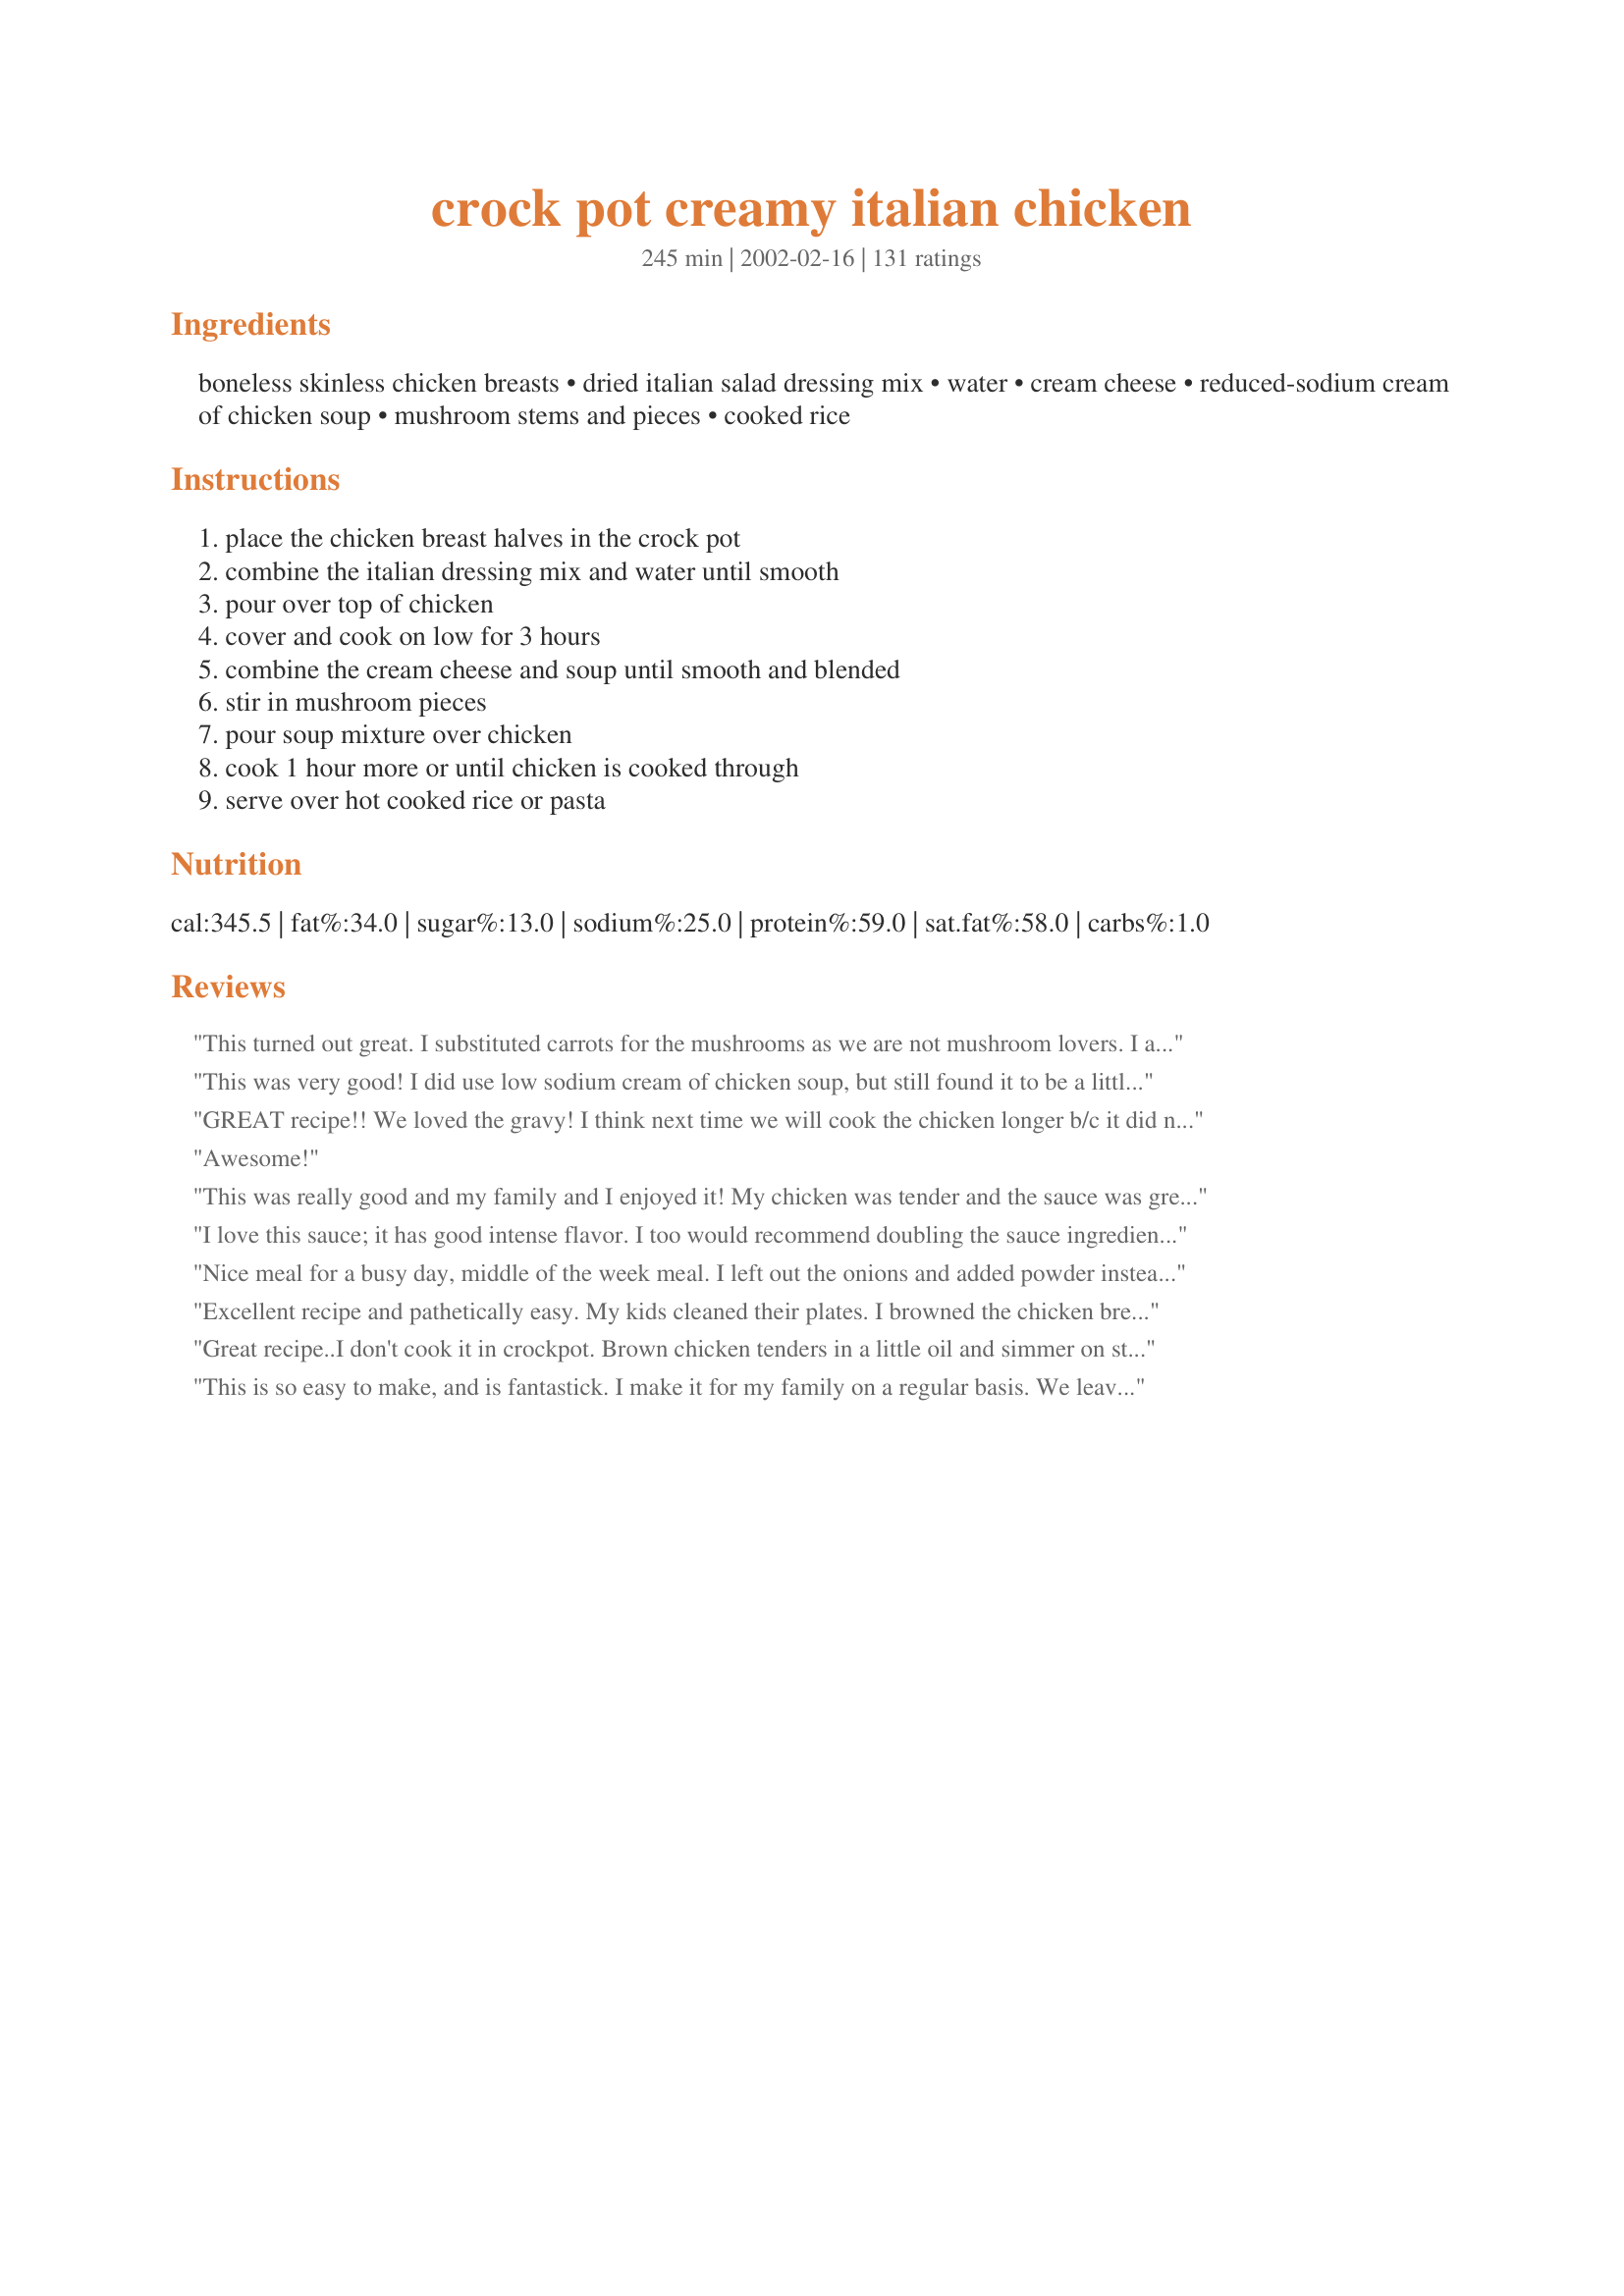
crock pot creamy italian chicken
Preparation time: 245 minutes

Ingredients:
boneless skinless chicken breasts, dried italian salad dressing mix, water, cream cheese, reduced-sodium cream of chicken soup, mushroom stems and pieces, cooked rice

Steps:
place the chicken breast halves in the crock pot, combine the italian dressing mix and water until smooth, pour over top of chicken, cover and cook on low for 3 hours, combine the cream cheese and soup until smooth and blended, stir in mushroom pieces, pour soup mixture over chicken, cook 1 hour more or until chicken is cooked through, serve over hot cooked rice or pasta

Reviews:
This turned out great. I substituted carrots for the mushrooms as we are not mushroom lovers. I also added the cream cheese earlier on too so it mixed up well by the time things were done. Family liked it and I will be making it again. I served it over Cheesy Orzo Recipe #61962
This was very good! I did use low sodium cream of chicken soup, but still found it to be a little on the salty side. Otherwise, I loved this recipe. The sauce was creamy and delicious. Instead of canned mushrooms, I used baby bellas and they were perfect for this sauce. Will definitely make this recipe again.
GREAT recipe!! We loved the gravy! I think next time we will cook the chicken longer b/c it did not seem quite done by the recipe time. Maybe my crock is a little slower? Definite keeper!
Awesome!
This was really good and my family and I enjoyed it! My chicken was tender and the sauce was great. I served it with noodles and poured some of the sauce over the top!
I love this sauce; it has good intense flavor. I too would recommend doubling the sauce ingredients if you use more than 4 chicken breasts; you'll want lots of it over your rice! I may increase the water a little next time- the sauce is very thick.
Nice meal for a busy day, middle of the week meal. I left out the onions and added powder instead. Would make again.
Excellent recipe and pathetically easy. My kids cleaned their plates. I browned the chicken breasts first just because I don't like the looks of chicken in the crockpot. I also used fresh mushrooms which I sauteed first. I only put half in the crockpot since the kids hate them and used the rest as a topping for the grown ups.
Great recipe..I don't cook it in crockpot. Brown chicken tenders in a little oil and simmer on stovetop for about 35 minutes
This is so easy to make, and is fantastick. I make it for my family on a regular basis. We leave the mushrooms out, since none of us eat them.
I added 2 cans of mushrooms and made my own homemade recipe for the cream of chicken soup to cut down on the salt even more. Excellent recipe and one that was enjoyed by all! Cheffie
I have friends that are very picky eaters and EVERYONE loves this dish! I cooked it on low for 6 hours before adding the sauce...the chicken melts in your mouth! I always double the sauce because it is SO good and everyone wants more!
This was yummy! Kids loved it ( course they didn&#039;t like the mushrooms) But did like it. Served with brown rice. I also did add a tid bit more water to the mix. Nice, quick, easy, and satifying!
So Yummmmy!I used 4 skinless but bone-in chicken breasts. The meat came out so tender. The Italian dressing and the creamy stuff went well together to give a rich and zesty flavor. I served the chicken over rice. My family loved it and we do appreciate you sharing this.
This was an okay dish, good if you consider the ease of preparation. There was just too much of that canned soup taste to be completely enjoyable.
Very good dinner. Used fresh mushrooms which I thought gave a very nice appearance (and taste).
OMG... this is AMAZING! It is so easy and full of flavor!

We are not mushroom people so we left them out but still awesome! This will be going into the rotation!
Very good and easy comfort food. I used half cream cheese and half ricotta because I didn't realize I only had 4 oz of cream cheese left and it turned out really good that way. I ended up browning the chicken on the stove-top after 3 hours in the crock pot because it wasn't looking done enough, mixing up the sauce in the crock pot while the chicken was browning, and then returning it to cook in the sauce. In the end the chicken was very moist and tender and the sauce was delicious. This is a real keeper. Thanks for sharing.
Simple to prepare and very good!
I make this regularly. It's sooo easy and yummy. I don't like mushrooms very much so I don't add those. I use rice. Everyone always ask for this when they come over. lol
Made this for dinner and everyone loved it. I used 7 breasts and used a cup of water to two cups of the italian seasoning. I took others advice and warmed the two cans of soup and two pkgs of cream cheese in the microwave. I doubled the seasonings and it was just wonderful. Served over rice and will definately make again. Great recipe.
This was very good. I didn&#039;t have mushrooms, so I used a drained can of artichoke hearts, and it worked really well. I will be making this again.
Very good and simple to make. I used fat free cream cheese and Healthy Request soup, (less sodium and fat), and replaced the water with a good (drinkable) Chardonnay. Also sauteed 8 oz. fresh sliced crimini mushrooms. Good and easy comfort food!
This was really flavorful and creamy! We loved this! You would have thought I'd used 10 different seasonings to make it just right. I love how easy it is to make and my son loved it too! Normally my toddler doesn't favor his meat during dinner. He kept requesting more chicken! Thanks!
Can someone tell me in weight how much chicken I should use?? 1 lb, 2 lbs? Just want an index how much to get. I usually just buy packs of boneless skinless chicken breast.
really good, I only wish it was one I could leave alone all day long so I could make it more often.
I made this for dinner at my National Scrapbook Day Crop. There is no preparation work, I started dinner in the crock pot right after lunch and dinner was ready by 5pm. This was so easy to make and all the ladies just loved it. They all requested the recipe. Thank you so much, Millie, for sharing your recipe!
Awesome
This was ABSOLUTELY DELICIOUS!!! Followed the recipe exactly as stated and the chicken was soooo tender and the gravy was the best. My husband who doesn't usually like chicken made in the crockpot, just loved this dish. Served with rice, next time I will try it with noodles. This was just great, thank you for sharing.
I just made this and it brought raves! I even used fat free cream cheese and low fat chix soup and you'd never know the difference. I followed the tips submitted by others (ie heating the soup and cream cheese & mixing in). Great job!
This certainly was easy to do. I only had 6 oz of cream cheese but that was more than enough for us as this dish is quite rich. I did a taste test about a half hour before serving and decided it needed some colour so I threw in 3/4 C of peas. I also drained off about half of the cooking liquid before I added the soup mixture because there seemed to be quite alot of liquid in the crockpot and I didn't want the sauce to be too thin. My picky teenage son liked this so that is a good thing. Thx Mille!
It wasn't completely inedible, but it lacked in any depth of flavor. Too boring for my husband and I. Served over brown rice and needed to add lots of pepper to taste like anything. Thanks but I won't be making this one again.
The sauce was delicious! My chicken was not super moist, but I'm sure that was user error with my crockpot (especially based on all of the other reviews!). Thank you so much!
This is such a fantastic recipe! My entire family loves it and it's super easy. I have been making it for about a year now and have shared the recipe with a few others too! Super tasty chicken and sauce - nice enough to serve to company too!
Wow! I have four boys, and even my pickiest eater, my five year old, told me it was the most "awesomely awesome" meal he'd ever had. Everyone cleaned their plate and asked for seconds! Super easy to make, too!
I use cream of mushroom vs cream of chicken in this and we love it. Sometimes I even add a tiny dash of cayenne to the creamy sauce for a kick. We normally serve with egg noodles. It's affordable, easy and it makes a TON of food.
This was DH's choice for his "Sunday Night Dinner" Made it exactly as posted except we didn't have low sodium soup, so we used the regular, and we used fresh mushrooms instead of the canned. Served over rice with a garden salad and some Grand's Biscuits. This was easy and excellent. Will definitely make it again! Yummy, thanks!
My DH loved this!! I thought that it was good, and very easy. We had it on angel hair pasta.
This was an excellent meal. It was quick and easy to prepare, I did it in the morning before work. I served it over rainbow rotini noodles. My children weren't too excited about it, but then again my two year old is going through her stubborn stage! I will make this again!!
This was so delicious! My husband and I enjoyed it immensely! We used fat free cream cheese and it was still wonderful. I served it over linguine and we both licked the plate clean. WIll definately make this one again and again.
Fantastic! I took chicken tenders and cut them on the diagonal in about 2" sized pieces and cooked for 2 hours. I substituted 1/2 cup white wine for the water. I then removed the chicken chunks and whisked in the cream cheese in the hot liquid. Then I added the soup, but no mushrooms because my kids don't like them. Everyone gave this 2 thumbs up. There wasn't even a tablespoon leftover.
This was very easy and very good. I used regular Italian dressing, a little more than 1/4 cup and brown rice. I also used frozen chicken breasts that come in a bag from wal-mart. Just threw them in frozen and it came out great.
Made this for 4 dinner guests, along with me and my DH. Everyone loved it! I used fresh mushrooms instead of canned, which I thought tasted so good! I don't really care for the taste of canned mushrooms, anyway. I doubled the recipe, and used one can of cream of chicken soup and one can of cream of mushroom because that's what I had in the pantry. Tasted great! Even great the next day! I put my breasts in frozen, so I cooked on low for 4 hours and then increased to high heat once I added the cream cheese mixture for about 1.5 hours. Served it over pasta and green beans on the side. Will definitely make this over and over! My DH raved about it!
My husband loved this and asked me to put it in portions and freeze it so he can eat it while I'm gone(I'll be gone two weeks). Thanks for an easy way to get a delicous meal!
Wow! This was great! BF has a strong dislike of mushrooms, so I substituted canned Italian-favored diced tomatoes. Great favor, but I would like to try it with mushrooms next time he's not around!
Yummy and easy!!! Added a bit of onion and it was perfect!! Thanks!
We enjoyed this chicken so much! It was flavorful, moist and tender. The Italian dressing mix provided just the right amount of seasoning. I used a cream of chicken and mushroom soup and also used fresh mushroom which I sauteed before adding them into the crockpot. I served with rice which complemented this dish perfectly. I will definitely make this one again : ) Thanks for a wonderful supper!
If I could give this 100 stars I would. I start this when I leave for work and then when my DH gets home, he puts the stuff for the "sauce" in the crock and we have two or three meals with little effort. I have made this twice in the last week alone. We like more sauce, so I put 2 blocks of cream cheese and two cans of cream of chicken. We use 98% fat free cream of chicken soup and lower fat cream cheese!! Its the best!!
I assumed by the rating and the amount of reviews that this would be a great recipe. I was absolutely right! This is something I can see myself cooking for my family often. Next time I'll try some minced onion and garlic mixed into the chicken soup and cream cheese. Thanks for sharing this recipe!!
I made this for my family and they LOVED IT!!!! Served over spaghetti noodles
Just tried this today and it was a good easy meal that will probably stay in my rotation (pending my BF liking it when he gets home) I did make a couple of changes, first I omitted the mushrooms because we don't like them. I didn't have time to make it in the crock pot (only had 2.5 hours before I had to leave for work). So I set the oven to 275F I combined the italian dressing mix, soup, softened cream cheese, and milk (instead of water). Placed 2 chicken breast halves in a casserole dish and sprinkled some garlic powder, onion powder and pepper on them. Then put the soup/cream cheese mixture on top. Covered pan and cooked for 2 hours. When that was done I cooked some angel hair pasta and shredded the chicken with a fork. I mixed the chicken and some of the extra sauce with the noodles and it turned out fantastic.
This recipe is wonderful. It is also very easy. I put the chicken breasts in frozen and followed the recipe as it states. Everyone loved it.
WOW, this is great stuff! I didn't add water or mushrooms -- but used a can of cream of chicken & mushroom soup. So delish! My little one year old gobbled it up and kept saying "MMM" over and over so it's a keeper in my book. Easy too! Thanks for sharing!
This was really great and easy, I cut two chicken pieces into fourths and put in a bag with the dressing and 4 oz water the night before. It was fork tender but since I used less chicken and smaller pieces it took less time to cook and there was a lot of sauce. I also microwaved the soup mixture first then served it over egg noodles. I used low fat cream cheese and 98% fat free soup but I think I will try the reduced sodium soup next time since it was on the salty side.
Easy, flavorful, and well accepted by all three kids (ages 8,6, &amp;3). Used Italian marinated chicken breasts from the local butcher in addition to the envelope of Italian soup mix. Served over white rice.
This was a delicious recipe. I made some modifications and it still came out very good. My wife is dairy-intollerant and I used a tomato sauce and added rice (I guess that makes it a whole different recipe, but it still came out delicious).
This was amazing! I omitted the can of mushrooms, used cream of mushroom, used an envelope of Spice Island pesto sauce mix. I ended up putting the chicken in frozen so I cooked on low for 5 hours then added the cream cheese mixture to cook for an hour. Sooo good! Topped it off with freshly grated Romano cheese. Thanks for sharing!
Didn't like it. Husband ate it just to make me happy, but it just wasn't good. I don't know why it wasn't better. I kept adding parmesan to make it taste better. Didn't work. I hate giving 2 stars, but it really just was not good. Maybe I was expecting too much.
Great Flavor!!!! Cut chicken into cubes before cooking and moved water to 1/2 cup everything else the same and served over wide egg noddles.....Great Dish Mille
Served this the first time for company. Wasn't quite the hit I expected it to be. I think the chicken's texture isn't the best in the crockpot. Left out the mushrooms and cooked chicken from frzn boneless breasts. Served with crusty french bread and salad. Good recipe to have for crockpot rotation.
Wow! This was the best tasting crockpot chicken dish I've ever had! I'm super picky about crockpot chicken and most times...it's usually not great. This one is the exception. The chicken could be more flavorful and I'd almost like to cut it up into smaller bites to let it permeate the chicken more (but I fear it would overcook!) but the sauce over egg noodles mixed with the cut up chicken was SUPER yummy and SUPER comforting!!! I put my chicken breasts in frozen and cooked it for 3 hours (as stated) and then used low fat cream cheese and low fat chicken soup and cooked the final hour. It was HEAVEN! I highly recommend this one! Made this for Mediterranean Photo Challenge. DEELISH!
Not bad but not great. I would've given it only 3, but my boyfriend loved it so I'm upping it to 4 stars. My 1 year old also ate it, she rarely eats anything I make for dinner. Next time I might do cream of mushroom, cream of chicken tends to leave a bad taste in my mouth.
This was so tasty! I followed this recipe aside from adding the soup (didn't have any in the house) and there was still lots of sauce from the creamcheese and chicken juices. Absolutely amazing. Thanks for posting your recipe!
wow .... and i didnt even use the crock pot ... thanks
Made this for supper tonight and it was yummy. Both DH and DD said it had to be five stars. I served it over rice with corn and Italian crusty bread. Thanks for posting this one. I will be making it again.
Simply the best. My husband was helping me get dinner ready and he couldn't stop "tasting" the gravy. It is very zesty and rich. The chicken breasts were juicy and tender. Every thing a good comforting meal should be in addition to being so easy to make. Thanks gbmom. Glad you snagged this one from your friend.
I love using my crock pot so when I came across this recipe I knew I had to try it! What a simple and delicious meal!! The sauce was SO GOOD!! I served it with white rice and Dear BF loved it!! As suggested by others, I did heat up the soup & cream cheese in the microwave so it would blend together easier. This recipe will definitely be in our dinner rotation. Thanks for posting!!
I left out the mushrooms since I don't like them, so maybe that was the difference. I found the salad dressing too overpowering. The chicken took longer to cook than the 4 hours on low. It was ok, but I probably won't make this again with so many other chicken recipes out there.
I know you've heard this before
but, OMG !! This was so good.
The chicken was so moist and
tender and the sauce was heaven. The only change I made
was to follow Boopster's advice and
increased the water to a 1/2 C,
and Blended the cream cheese
and soup. You couldn't copy the
taste of this awesome sauce with
just a can of cream of mushroom
soup. I don't use salt at all, and
didn't use the low sodium soup and it didn't seem salty at all to me. Thanks for sharing this wonderful recipe MilleÂ®
We loved this. Tasted great. Made a few changes, sauted fresh mushrooms and onions. Used 1/2 cup chicken broth instead of water. Served over rainbow pasta and used fresh ground pepper on top.
Absolutely amazing recipe! I made it for my boyfriend and he would have had all of it and taken all the leftovers if I let him. This was very successful for me. Lots of flavor, creamy and the chicken just fell apart. I may use fresh and more mushrooms as I love them but other than that I would leave it exactly the way it is.
Very good flavor! Very easy.
I did't have a slow cooker, so I just used chicken breasts, browned them in a little garlic and oil, and then did the rest of the steps in the oven. It was delicious! Can be done in about an hour and a half this way. I served it with orzo with roasted vegetables (eggplant,zucchini, etc.) A bit hit at my house.
So easy a 53 yo not particularly culinarily talented guy can do it. Good, tasty, filling. Served over brown rice - Lot of food. Very easy for such a good dish that doesn't look simple minded. Low sodium cream of chicken by Campbells works just fine - plenty of flavor.
This is a very good dish. I browned the chicken first. I only used 1/2 of the packet of italian dressing due to the amount of sodium. Have to watch that blood pressure! I used reduced fat cream cheese and 98% fat free cream of chicken soup. It came out beautifully. I served it with brown rice and a green salad. I will definately make this again. My husband really like it too. Thank you for a great recipe!
Very good. This one is perfect for cold nights and busy families. Super easy. The family cleaned<br/>their plates and wanted more. We served over rice with veggies. Thank you for posting this<br/>recipe Mille. Next time I may add some onions for additional flavor as we love them. I wish we had leftovers as it seems it would taste even better tomorrow. Enjoy! ChefDLH
This smelled really good while cooking but lacked flavor when done. It seemed odd to cook the chicken in such a small amount of water as well.
I made this for dinner tonight and my family went wild for it! I didn't add the mushrooms and kind of wished that I had doubled the sauce because we served rice on the side. This is delicous and so simple. Thank you very much!
Thanks for sharing. We really enjoyed this. Its great over noodles. I love what the cream cheese does to the flavor. This will become a regular meal at our home.
Very tasty. I too, neglected to use the Low Sodium Cream of Chicken, and it resulted in a saltier taste than I would have preferred. However, I followed the rest of the recipe exactly with the exception of substituting sweet onion for the mushroom. While I would have liked the mushrooms, the onions did not detract at all.
I agree with Jonesament...not bad but it wasn't the best meal I've ever had either. Very easy to make. I served it over angel hair pasta. Although it wasn't my favorite, I'm sure I'll make this dish again.
It is delicious! Perfect for Sunday dinner--start it before church and all you have to do when you get home are the noodles and a veggie.
AMAZING! I became a member just to let people know this recipe is a must try. I gave 4 stars only because I made some changes. I seasoned the chicken with adobo, garlic powder and Italian seasoning before I put it in the crock pot. I used cream of mushroom soup and omitted the mushrooms. On the suggestion of another member I took the chicken out of the crock pot before stirring in the soup/ cream cheese mixture and them put it back in to finish cooking. My picky 10 yr old loved it. She was asking when we could have it again before she even finished her first plate( she had seconds and wanted thirds). The flavor is amazing and the sauce is so yummy and creamy. I am adding this to the regulate rotation.
INCREDIBLE recipe! Whoa... my tastebuds are so overjoyed right now, I cannot even tell you. I made this exactly as written, and it could not have turned out any better - or if it had, I might have to be hospitalized. My husband has already requested this meal for his birthday, which is 6 months away. Yes, it's that good. Thank you, Mille, for a new family favorite!!!
Made this frequently added frozen broccoli flowerets or frozen peas and carrots last 30 mins and served over pasta. Great quick meal
It was great! I sliced the chicken brasts to make them go farther.
Very rich and creamy with tons of taste. Kids loved it!! Served over rice not the same old chicken and rice.
SOOO YUMMY!! I made this for me and my husband during the week, served with rice and broccoli. That weekend I talked my mom into making it and she loved it too! She already passed the recipe on to my grandma. A definite keeper!!
This was a really good meal. It smelled so good while it was cooking. I could hardly keep my kids away from the crockpot while it was cooking--my whole house smelled wonderful. Tasted great. I served it over linguine noodles. We will make this one again soon. Thanks for posting this one.
This was yummy! We cut the chicken into bite size pieces and added sauted onions.

This is another "UMMMMM" dish. That is Dahling's comment on any dish he really is enjoying! The changes that I made were to increase the water to 1/2 cup, heated the cream cheese and soup in the microwave and blended, removed the chicken to a plate, whisked the soup/cheese mixture into the drippings, then replaced the chicken making sure it was covered. Served it with rice, lettuce salad with a very tangy dressing and hot rolls. Whoa Baby!! The sauce is wonderful! If you use more than 4 breasts, be sure and double all the other ingredients.Thanks, bunches!
We made exactly as directed and LOVED IT! My husband, who is sick and tired of chicken and rice recipes, has requested I make it again. And he even took the leftovers to work and raved about how good they were the second time around.
P.S. Could this recipe be any easier, too?!
We love this recipe. I didn't add the 2 ounces of water and added about 8 ounces of fresh mushrooms. It smelled wonderful cooking and tasted just as good. Not a drop left.
This was great! It was so nice to come home from work to a dinner already mostly made! I left out the mushrooms, b/c DH doesn't like them, but we both still enjoyed the meal. One thing I will do better next time is make sure the cream cheese and soup are smoothly blended before adding to the crockpot- the little lumps don't melt out as it cooks.
this is ok. but I have easier recipe: 4-6 chicken breasts and 2 cans of cream of mushroom soup. Dump into crockpot and cook on low for 6-8 hours.
My whole family LOVED this dish!!! I followed the recipe exactly, and it was great! I served with both noodles and rice, as my mom and I prefer rice, but dad likes noodles. Served with steamed broccoli, and crusty French bread...what a wonderful meal!! Thank you for posting!
~Manda
Excellent!!Moist, flavorful, easy!!
this was awesome! i threw in some fresh asparagus and a squash of some sort from our neighbor, and the can of tomatoes, and it was one of the best meals we have had in a while! thanks for a keeper!
This was so amazingly good! I did add almost two packets of itallian dressing to it and a little more water and some carrots. But WOW this recipe was so good!
WOW!!!! This is one of those fabulous dishes that the whole family loved. Picky hubby and 5 picky(lately anyway)kids all loved it and said it was a make again. The only thing I would do differently next time is cut the chicken up in bitesize pieces for 2 reasons. 1. they will get more of the flavor of the sauce(the middle of the chicken did not have much flavor) 2. It will make it much easier to serve and I will be able to sit down and eat "with" my family instead of after they are done because I have to cut all the kids chicken up for them. I also left out the mushrooms and added some sweet peas at the end. I served over egg noodles.
Excellent and easy recipe that was perfect for my busy day. The sauce was so delicious and rich. I put ours over rice and it was so amazing.
Amazing! Even my daughter the super fussy eater ate every bite, it was delicious, better than anything shop bought, thanks for the recipe!
This was pretty good, a little too salty for me though. Although the chicken was very tender, it came out a little dry. Chicken thighs might work better. I also had issues stirring the soup and cream cheese together. I couldn't get the mixture smooth, there were still clumps of cream cheese and that wasn't very attractive.
I made as listed and served over corkscrew pasta. We all enjoyed it. One son in particular loved it. I'll give it 4 stars because we all liked it, but didn't love it.
Delicious! I have a recipe for cream cheese checken that is very similar, but I thought I would try this one for a change of pace. I had to use cream of mushroom since I didn't have any cream of chicken handy. I also spooned out about half of the fat before adding the soup mixure, because I used chicken leg quarters, and there was quite a bit of fat in the crockpot. We ate it with steamed carrots and jasmine rice. Thanks for the delicious dish!
Loved this recipe for being quick and easy to put together. I followed the recipe exactly, except I used my own dry Italian seasoning mix (# 63812) which I found on this site, and folded pre-cooked noodles into the mixture instead of serving it spooned on top of the noodles.
This is quite tasty. Instead of the 1/4 c water, I just used the juice from the mushrooms. I put everything in the crockpot together to cook on low while I was at work, and it turned out great. Served over egg noodles with "Not Your Average Green Beans #47612" on the side. Yummy and easy week night dinner!
I increased the water to 1/2 cup and mixed the cheese/soup mixture with the chicken out as others have mentioned. I added some diced onions and then sweet peas and a dash of curry powder at the end, served over wide egg noodles. It was excellent!
Lick your plate delicious! I cooked the chicken in crockpot on high for 1 hour and then added the soup mixture and 2 cans of mushrooms and cooked on low an additional hour. Served with parsley butter noodles, carrots and sour cream n chive potatoes. Thanks for this great recipe!
This is fabulous!!! Easy to make. It was perfect just as written!
Honestly all I did was dump all the ingredients in the crockpot without any mixing or combining, doesn&#039;t get any easier than this, I wasn&#039;t around for the results but the kids gobbled it. So looks like it&#039;s a keeper for us!
This is so good. I could have drank the sauce....??!!?? I made this with recipe#240456 and we loved our meal. The seasonings in this chicken is fantastic. I will make again, love the crockpot for those meals during the week. I am so happy for finding this recipe.
awesome!
This was wonderful! So easy to prepare and so easy going down! Everyone at my table loved it. The chicken was totally tender! Great for leftovers too - although we didn't have many :)
This was really good. We had to make enough to feed 8 people so we used two crock pots to cook this in. It turned out well. We used white rice with it. The chicken was very moist and tender!
I used reduced fat cream cheese and soup. Still very rich and good. Served over jasmine rice. Will keep this in our line-up.
This was very good! I did not thaw my chicken breasts, so they'd be tender and moist. Like Boopster, I heated the cream cheese and soup in the microwave for a couple minutes, then stirred it well. When the chicken was done, I removed chicken and swhisked the soup cheese mixture, before serving. I served over linguine with a side of brussel sprouts. BTW, I used regular cream of chicken soup, since I didn't have low sodium. It was just right for me...not too salty at all. I even topped it with a little parmesan. Thanks for posting the recipe!
This was REALLY creamy. Good too, I will prob make this again, but it was not as tremendous as I expected...I think I didnt put enough water in it though. Thick and creamy is how I would describe this recipe. Thanks!
I made this for myself and 3 grown men with huge appetites so I used 8 breasts and doubled the rest of the recipe. I did not have the cream of chicken soup so I substituted cream of mushroom and omitted the mushroom pieces. I served it over rice. Everyone loved it and went back for seconds! It was so easy to make and had a great flavor. I will definitely make this again!
Bland. Needs more spices.
This one is a keeper! My whole picky family of five LOVES this dish! It is so easy to make and tastes yummy! I like that I can scoop out the sauce and bypass the mushrooms for my one picky eater!
I have to give this recipe 5 stars even though I did end up changing it. I always read through the reviews to see what little things people have done to "enhance" a recipe. Then, depending on my family's taste, I adjust the recipe to "fit" us. That being said, the basic recipe for this meal looked awesome. Unfortunately, I did not have all the ingredients on hand, so I improvised and what I came up with was out of this world! Here's the changes I made if anyone wants to give it a whirl. I didn't have any Italian Seasoning dressing mix, so I made my own..first YUM. I increased and substituted the water with white wine. Since I had to start with frozen chicken breast, I cooked that on low all day. I then discovered I didn't have any cream cheese on hand, so I substituted sour cream. Mixed that with Crm of Chicken soup. Was a little too thick, so added some chicken stock to thin it out. Added a small can of mushrooms (with the juice) and tossed in a few more tsps of the dressing mix and some grated Parm cheese...another YUM accomplished. Poured that over the chicken and cranked the slow cooker to high for another 1 1/2. The last 30 mins I tossed in a bag of frozen peas. Served this over buttered noodles. My family LOVED the creation! Nothing left for the next day! As I said, everyone should adjust recipes to their taste, but if you want to try something different, give this a whirl! HAPPY EATING =)
Your chicken recipe made a wonderful meal for my family. The sauce was so delicious. Very rich and creamy AND well seasoned from the Italian dressing. I served the chicken and sauce over noodles with sauteed broccoli and french bread. Just wonderful and we thank you.
I've been making this for about 2 years. I came across a similar recipe on another site. This recipe is definitely a favorite of mine and my boyfriend loves it too! For an extra kick, I get rid of the water and cook the chicken in about 1/2 cup of of white wine. It tastes like I worked for hours on end to make this dish, but it's very easy to throw together. It smells great while it's cooking too. I serve it over angel hair pasta.
Very good! Next time I will follow the recipe and use LOW SODIUM cream of chicken soup; it was a bit on the salty side, but that was my fault. This is a keeper.
Wonderful flavor! Added 2 cloves of chopped garlic as well, shredded the chicken and served over home-made mashed potatoes. Will try egg noodles next time. Oh, and we omitted the mushrooms (preference).
This dish hit the spot on this cold, rainy evening. I made a double batch thinking it wouldn't make enough for my BIG family and boy did it ever make a huge batch. I have to feed a family of six and EVERYONE loved it, including the little ones! Next time i'll just make a regualr batch. lol
Excellent dish! I didn't change a thing when I made it and DH loved it. I served it over rice with broccoli!
So easy to prepare and so very tasty. This will be a regular in our house now. Thanks for sharing!
This was pretty good! I went home during lunch to make it then I took to work so I could add the last ingredients in. Everyone kept walking into my office asking what's for dinner? They were mad It wasn't for them! I used fresh mushrooms. Yum!
Great dish! The chicken was absolutely fall apart! I too used the low sodium cream of chicken and it was perfect!! I served this dish on farfalle pasta and we added just a little bit of shredded parmesan cheese to taste.
Best tasting crock pot recipe I have tried here! I used the Garlic and Herb envelope instead of Italian. I also used a portabella mushroom sliced instead of the canned. The chicken was so moist and the spices from the dressing were perfect with the mushrooms.
It is now in my 5 top recipes. Thanks so much.....
